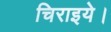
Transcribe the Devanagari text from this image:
चिराइये।